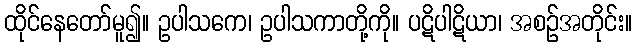
ထိုင်နေတော်မူ၍။ ဥပါသကေ၊ ဥပါသကာတို့ကို။ ပဋိပါဋိယာ၊ အစဉ်အတိုင်း။